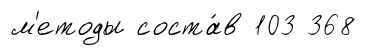
м'етоды соста́в 103 368